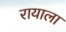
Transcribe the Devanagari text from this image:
रायाला